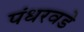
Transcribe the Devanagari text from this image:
पंधरवडे